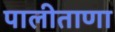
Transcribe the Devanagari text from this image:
पालीताणा